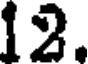
12.